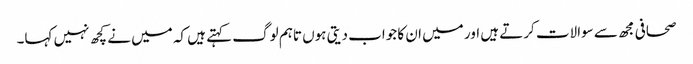
صحافی مجھ سے سوالات کرتے ہیں اور میں ان کا جواب دیتی ہوں تاہم لوگ کہتے ہیں کہ میں نے کچھ نہیں کہا۔